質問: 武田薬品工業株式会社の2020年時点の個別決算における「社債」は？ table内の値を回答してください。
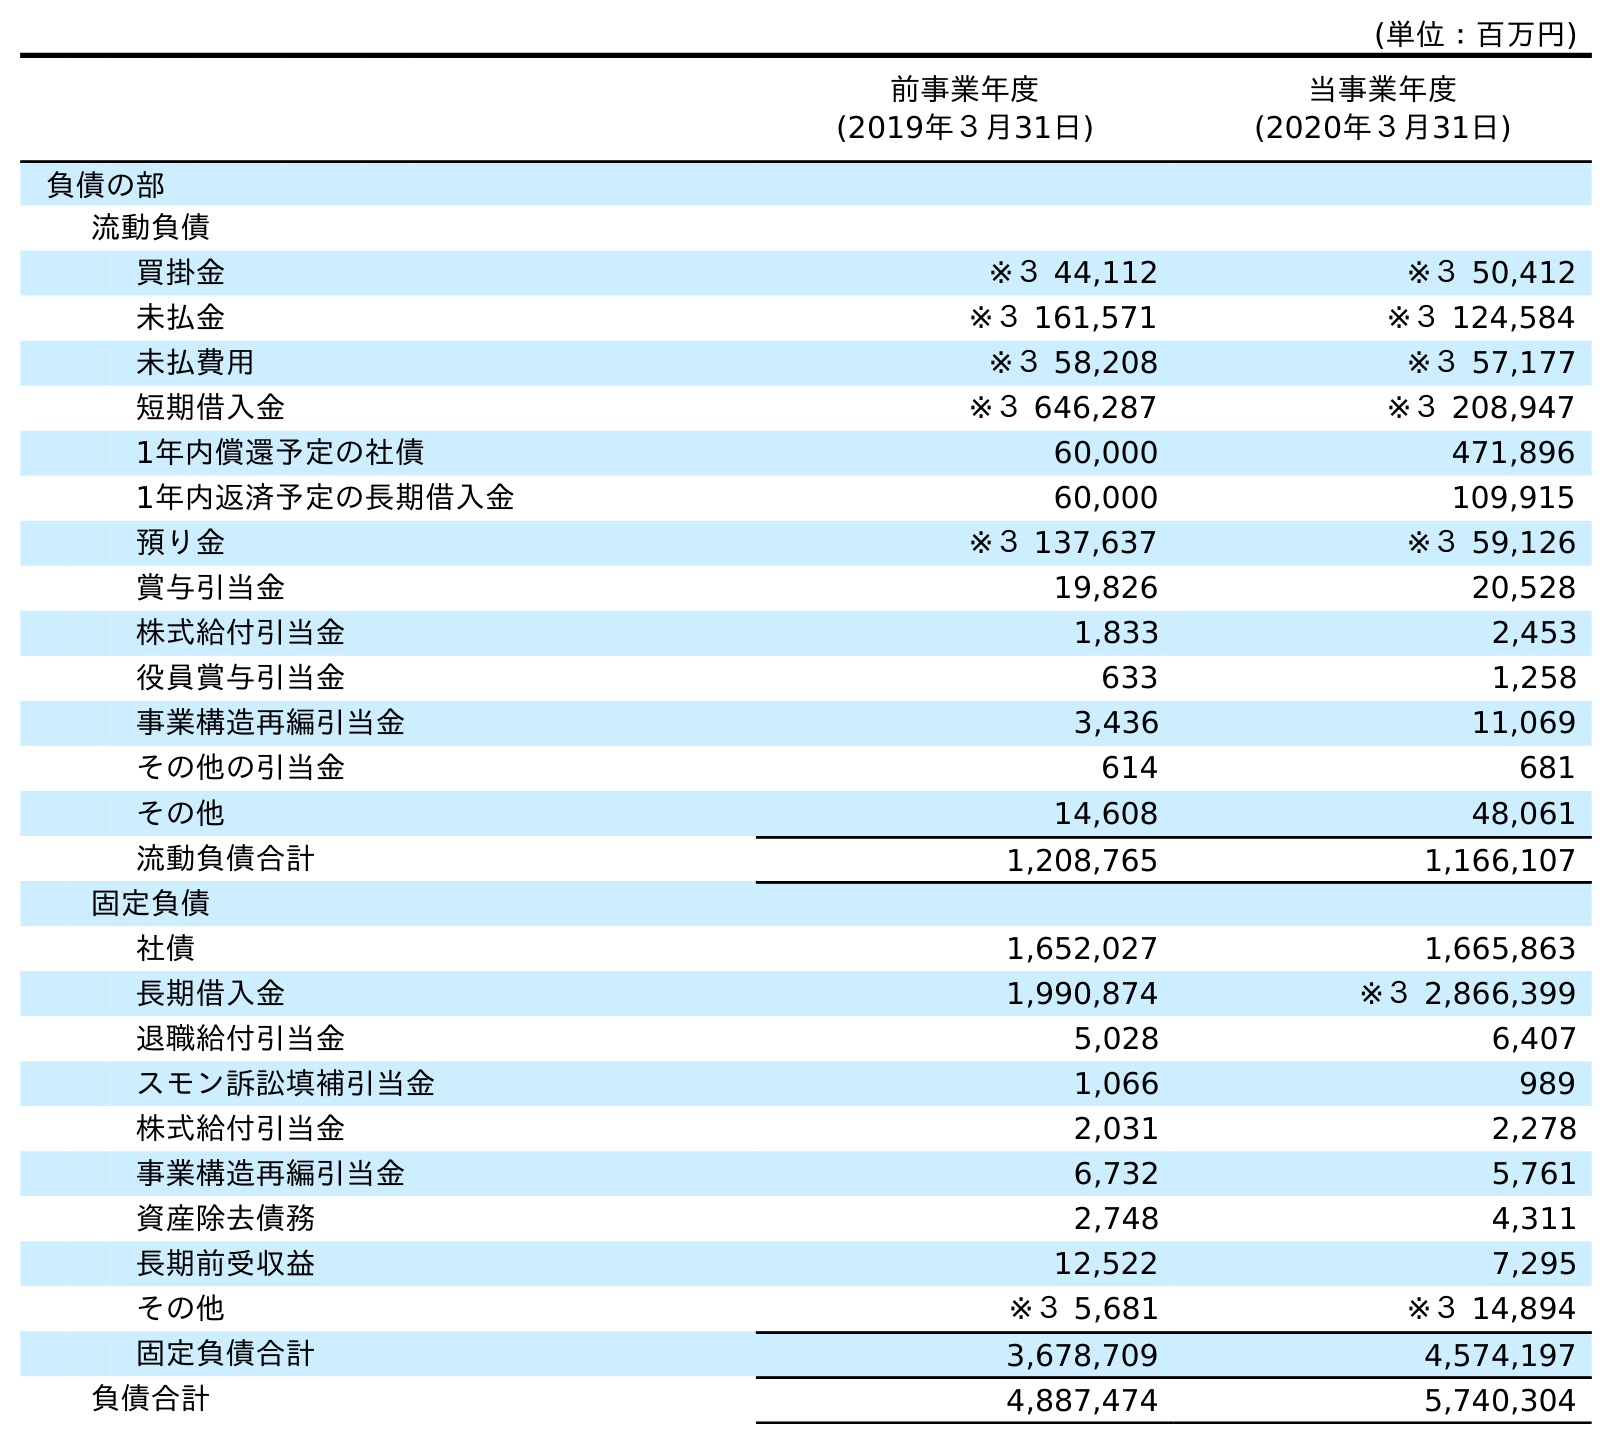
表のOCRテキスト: (単位：百万円) 前事業年度 (2019年３月31日) 当事業年度 (2020年３月31日) 負債の部 流動負債 買掛金 ※３ 44,112 ※３ 50,412 未払金 ※３ 161,571 ※３ 124,584 未払費用 ※３ 58,208 ※３ 57,177 短期借入金 ※３ 646,287 ※３ 208,947 1年内償還予定の社債 60,000 471,896 1年内返済予定の長期借入金 60,000 109,915 預り金 ※３ 137,637 ※３ 59,126 賞与引当金 19,826 20,528 株式給付引当金 1,833 2,453 役員賞与引当金 633 1,258 事業構造再編引当金 3,436 11,069 その他の引当金 614 681 その他 14,608 48,061 流動負債合計 1,208,765 1,166,107 固定負債 社債 1,652,027 1,665,863 長期借入金 1,990,874 ※３ 2,866,399 退職給付引当金 5,028 6,407 スモン訴訟填補引当金 1,066 989 株式給付引当金 2,031 2,278 事業構造再編引当金 6,732 5,761 資産除去債務 2,748 4,311 長期前受収益 12,522 7,295 その他 ※３ 5,681 ※３ 14,894 固定負債合計 3,678,709 4,574,197 負債合計 4,887,474 5,740,304
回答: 1,665,863